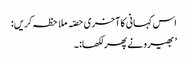
اس کہانی کا آخری حصّہ ملاحظہ کریں:
’ بھیرو نے پھر لکھا:۔